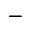
-